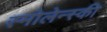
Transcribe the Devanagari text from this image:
स्मोलेन्स्की